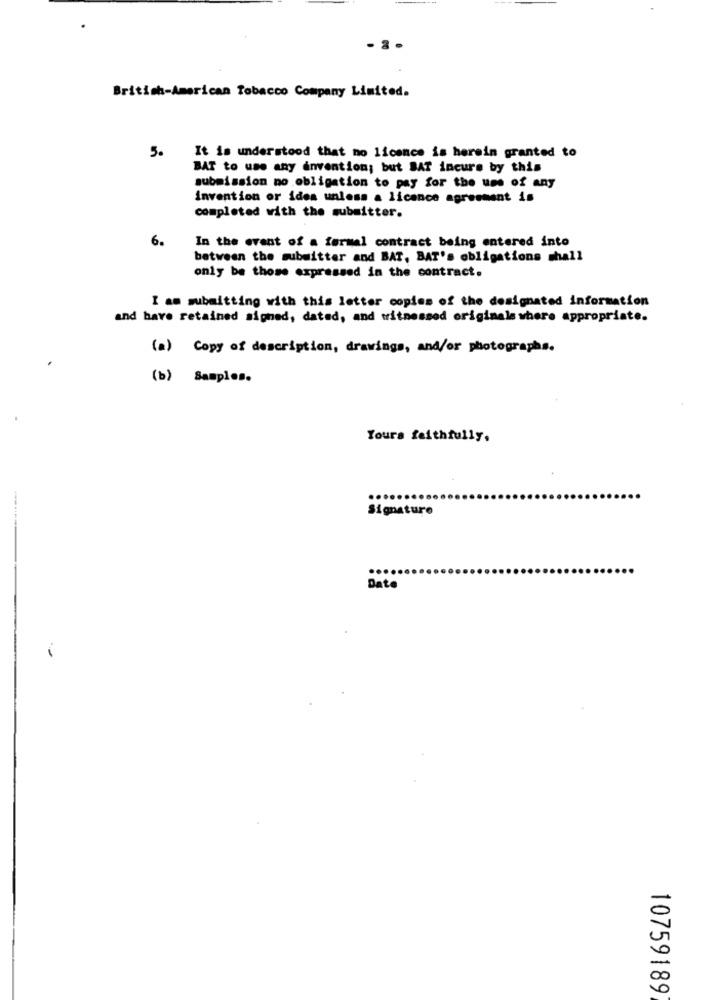
- 2 .
British-American Tobacco Company Limited.
5.
It is understood that no licence is herein granted to
BAT to use any invention; but BAT incure by this
submission no obligation to pay for the use of any
invention or ides unless a licence agreement is
completed with the submitter.
6.
In the event of a formal contract being entered into
between the submitter and BAT, BAT's obligations shall
only be those expressed in the contract.
I am submitting with this letter copies of the designated information
and have retained signed, dated, and witnessed originale where appropriate.
(a) Copy of description, drawings, and/or photographs.
(b) Samples.
Yours faithfully,
Signature
Date
1
10759189